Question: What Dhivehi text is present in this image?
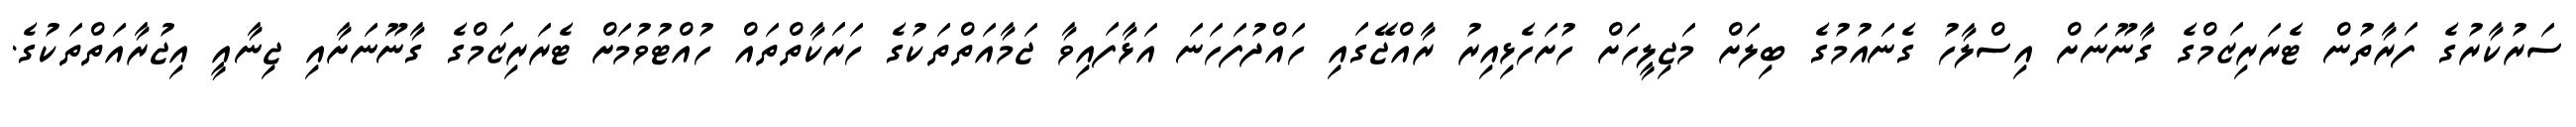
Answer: ސަރުކާރުގެ ފަރާތުން ޓެރަރިޒަމްގެ ގާނޫނަށް އިސްލާހު ގެނައުމުގެ ބިލަށް މަޖިލީހަށް ހުށަހެޅިއިރު ރާއްޖޭގައި ހައްދުފަހަނަ އަޅާފައިވާ ޖަމާއަތްތަކުގެ ހަރަކާތްތައް ހުއްޓުވުމަށް ޓެރަރިޒަމްގެ ގާނޫނަށާއި ޖިނާއީ އިޖުރާއަތްތަކުގެ.